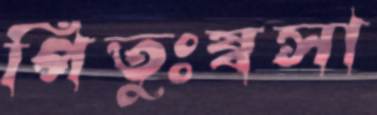
পিতুঃষ্বসা